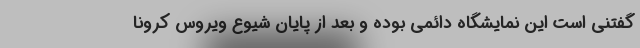
گفتنی است این نمایشگاه دائمی بوده و بعد از پایان شیوع ویروس کرونا